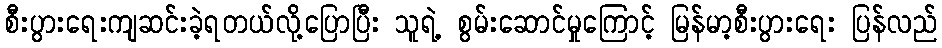
စီးပွားရေးကျဆင်းခဲ့ရတယ်လို့ပြောပြီး သူရဲ့ စွမ်းဆောင်မှုကြောင့် မြန်မာ့စီးပွားရေး ပြန်လည်